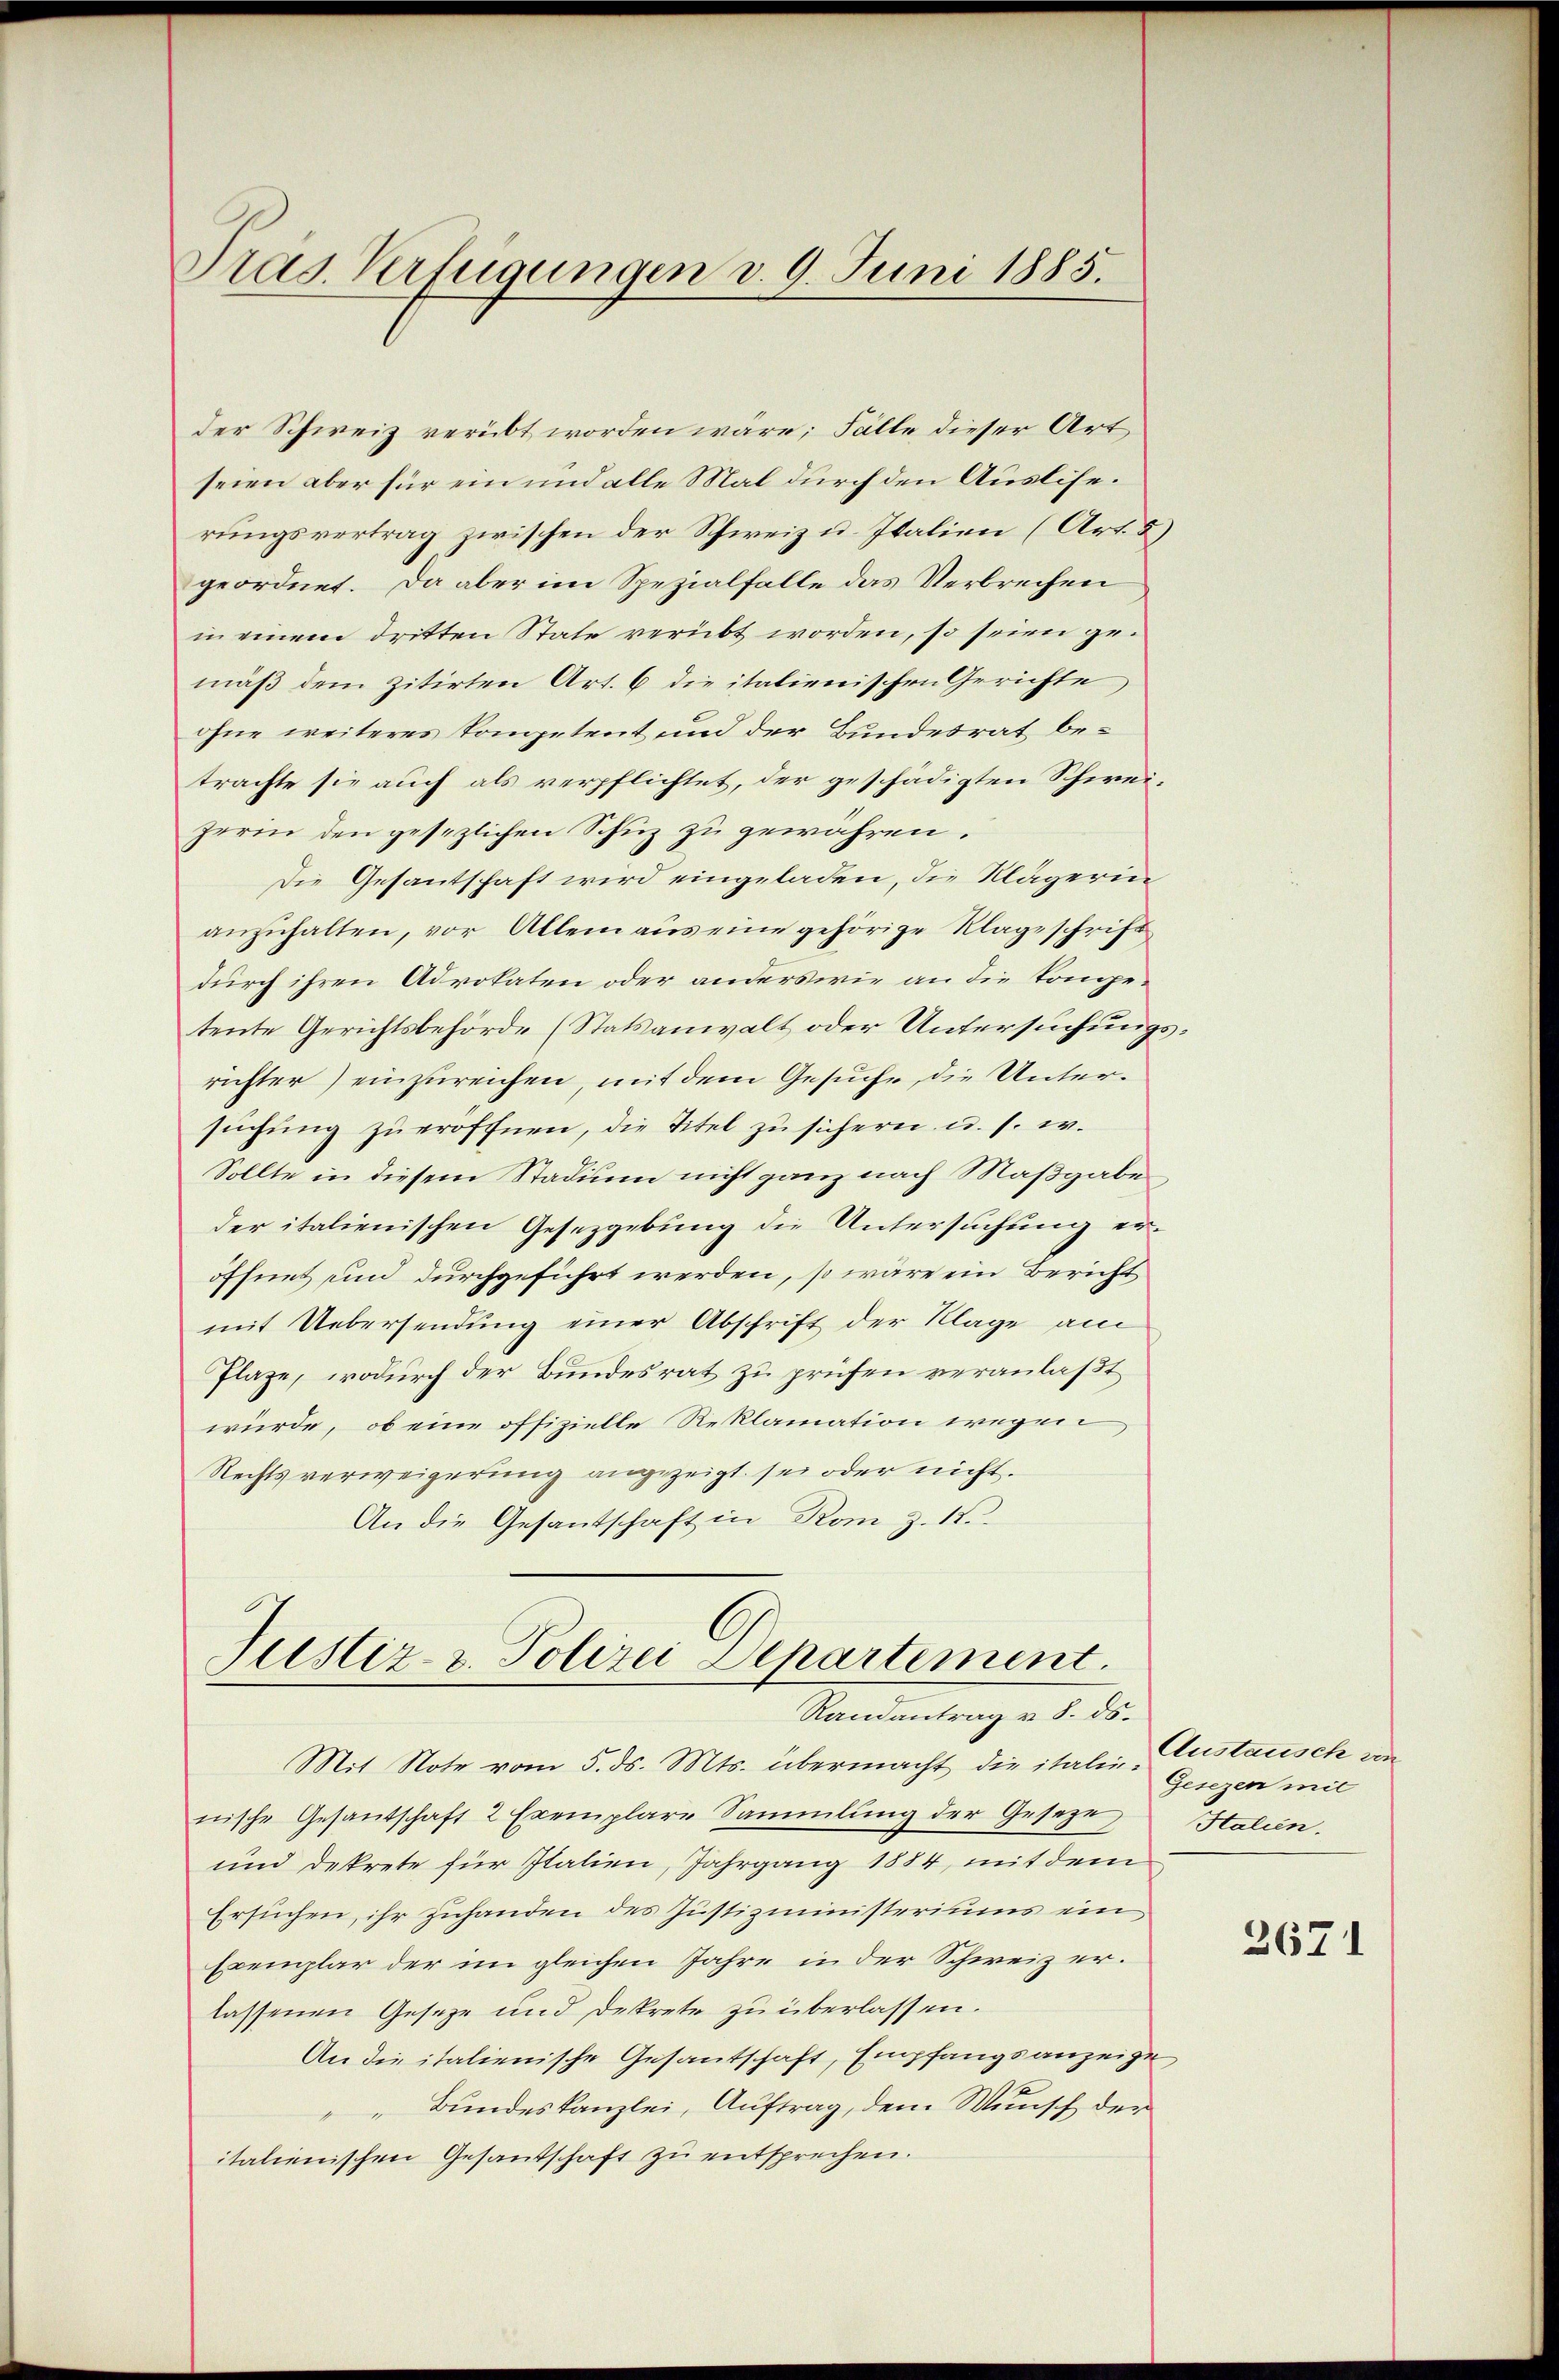
Tras Verfügungen d. 9. Juni 1885.

der Schweiz verübt worden wäre; Fälle dieser Art
seien aber für ein und alle Mal durch den Ausliserungsvertrag zwischen der Schweiz u. Italien (Art. 2)
geordnet. Da aber im Spezialfalle das Verbrechen
in einem dritten State verübt worden, so seien gemäß dem zitirten Art. 6 die italienischen Gerichte,
ohne weiteres kompetent und der Bundesrat betrachte sie auch als verpflichtet, der geschädigten Schweizerin den gesezlichen Schuz zu gewahren.
Die Gesantschaft wird eingeladen, die Klägerin
anzuhalten, vor Allem aus eine gehörige Klageschrift
durch ihren Advokaten oder anders wie an die Kompetente Gerichtsbehörde (Statsanwalt oder Untersuchungsrichter) einzureichen, mit dem Gesuche, die Untersŭchŭng zŭ eröffnen, die Titel zu sichern u. s. w.
Sollte in diesem Stadium nicht ganz nach Maßgabe
der italienischen Gesetzgebung die Untersuchung eröffnet und durchgeführt werden, so wäre ein Bericht
mit Uebersendung einer Abschrift der Klage am
Plaze, wodurch der Bundesrat zu prüfen veranlaßt
würde, ob eine offizielle Reklamation wegen
Rechtsverweigerung angezeigt sei oder nicht.
An die Gesantschaft in Rom Z. 11.

Justiz- u. Polizei Departement.
Ramantrag v. 8. ds.

Mit Note vom 5. ds. Mts. übermacht, die italie Gesezen mit
nische Gesandschaft 2 Exemplare Sammlung der Geseze
und dekrete für Italien, Jahrgang 1884, mit dem
Ersuchen, ihr Zuhanden des Justizministeriums ein
Exemplar der im gleichen Jahre in der Schweiz erlassenen Geseze und Dekrete zu überlassen.
An die italienische Gesandschaft, Empfangsanzeige
Bundeskanzlei, Auftrag, dem Wunsch der
.
italienischen Gesandschaft zu entsprechen.

Austausch an
Htalien.

2671